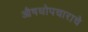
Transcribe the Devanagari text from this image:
औषधोपचाराचे